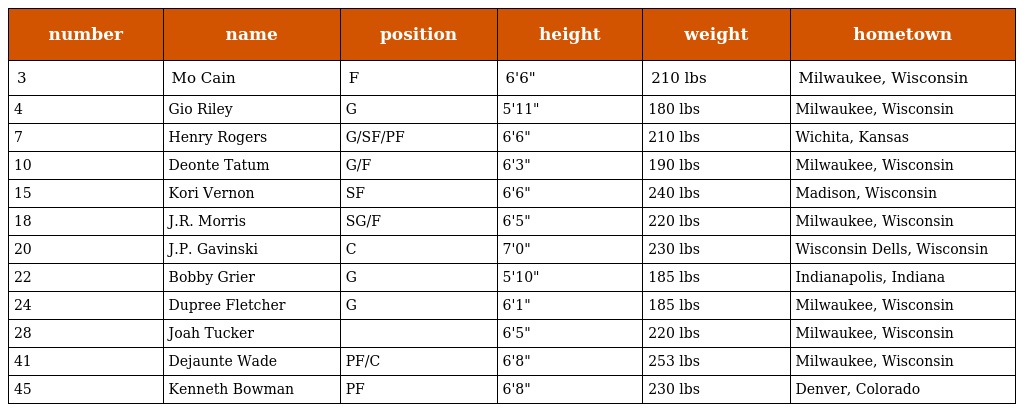
| number | name | position | height | weight | hometown |
 | --- | --- | --- | --- | --- | --- |
 | 3 | Mo Cain | F | 6'6" | 210 lbs | Milwaukee, Wisconsin |
 | 4 | Gio Riley | G | 5'11" | 180 lbs | Milwaukee, Wisconsin |
 | 7 | Henry Rogers | G/SF/PF | 6'6" | 210 lbs | Wichita, Kansas |
 | 10 | Deonte Tatum | G/F | 6'3" | 190 lbs | Milwaukee, Wisconsin |
 | 15 | Kori Vernon | SF | 6'6" | 240 lbs | Madison, Wisconsin |
 | 18 | J.R. Morris | SG/F | 6'5" | 220 lbs | Milwaukee, Wisconsin |
 | 20 | J.P. Gavinski | C | 7'0" | 230 lbs | Wisconsin Dells, Wisconsin |
 | 22 | Bobby Grier | G | 5'10" | 185 lbs | Indianapolis, Indiana |
 | 24 | Dupree Fletcher | G | 6'1" | 185 lbs | Milwaukee, Wisconsin |
 | 28 | Joah Tucker |  | 6'5" | 220 lbs | Milwaukee, Wisconsin |
 | 41 | Dejaunte Wade | PF/C | 6'8" | 253 lbs | Milwaukee, Wisconsin |
 | 45 | Kenneth Bowman | PF | 6'8" | 230 lbs | Denver, Colorado |